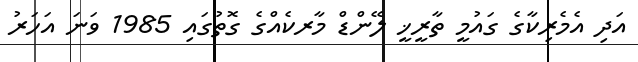
އަދި އެމެރިކާގެ ގައުމީ ތާރީޚީ ލޭންޑް މާރކެއްގެ ގޮތުގައި 1985 ވަނަ އަހަރު